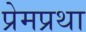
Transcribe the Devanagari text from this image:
प्रेमप्रथा